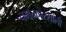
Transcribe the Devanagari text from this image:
चमत्कारशाली